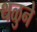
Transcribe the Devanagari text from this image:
थळुने